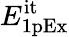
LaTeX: E_{\mathrm{1pEx}}^{\mathrm{it}}